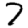
Digit: 7